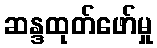
ဆန္ဒထုတ်ဖော်မှု